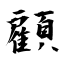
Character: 顧